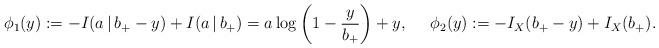
LaTeX: \begin{align*} \phi_1(y):=-I(a\,|\,b_+-y)+I(a\,|\,b_+)=a\log\left(1-\frac{y}{b_+}\right)+y,\:\:\: \:\:\:\phi_2(y):=-I_X(b_+-y)+I_X(b_+).\end{align*}